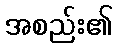
အစည်း၏